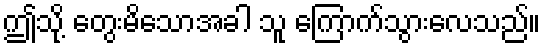
ဤသို့ တွေးမိသောအခါ သူ ကြောက်သွားလေသည်။